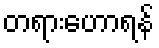
တရားဟောရန်